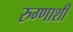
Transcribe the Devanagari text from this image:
रुग्णाशी